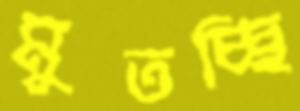
মুতচ্ছি